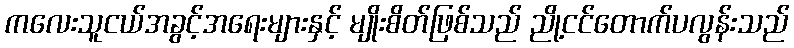
ကလေးသူငယ်အခွင့်အရေးများနှင့် မျိုးစိတ်ဖြစ်သည် ညို့ငင်တောက်ပလွန်းသည်